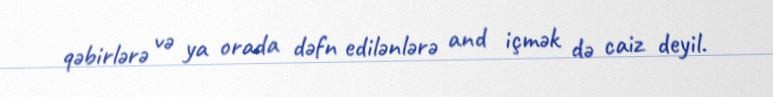
qəbirlərə və ya orada dəfn edilənlərə and içmək də caiz deyil.